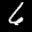
Label: 6